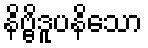
နိဗ္ဗိဒူပနိသော